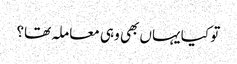
تو کیا یہاں بھی وہی معاملہ تھا؟